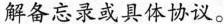
解备忘录或具体协议。